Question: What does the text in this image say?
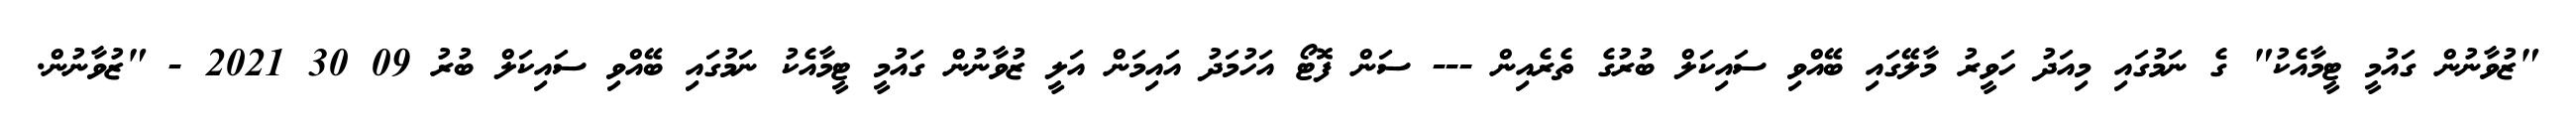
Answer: "ޒުވާނުން ގައުމީ ޓީމާއެކު" ގެ ނަމުގައި މިއަދު ހަވީރު މާލޭގައި ބޭއްވި ސައިކަލް ބުރުގެ ތެރެއިން --- ސަން ފޮޓޯ އަހުމަދު އައިމަން އަލީ ޒުވާނުން ގައުމީ ޓީމާއެކު ނަމުގައި ބޭއްވި ސައިކަލް ބުރު 09 30 2021 - "ޒުވާނުން.